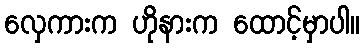
လှေကားက ဟိုနားက ထောင့်မှာပါ။